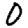
Digit: 0